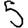
Digit: 5